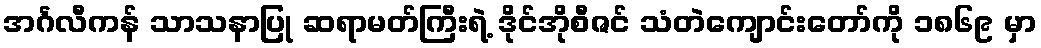
အင်္ဂလီကန် သာသနာပြု ဆရာမတ်ကြီးရဲ့ ဒိုင်အိုစီဇင် သံတဲကျောင်းတော်ကို ၁၈၆၉ မှာ